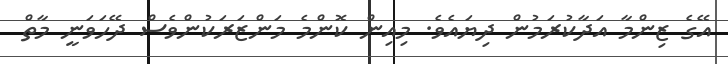
އޭގެ ޒިންމާ އަދާކުރަމުން ދިޔައެވެ. މިއިން ކޮންމެ މަންޒަރަކުންވެސް ދޭހަވަނީ މާތް